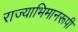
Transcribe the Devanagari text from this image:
राज्याभिमानरूपी